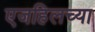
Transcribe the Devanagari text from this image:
एजहिलच्या